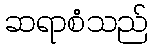
ဆရာစံသည်